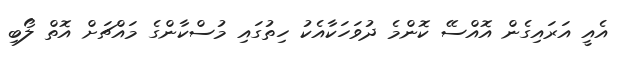
އެއީ އަރައިގެން އޮއްސޭ ކޮންމެ ދުވަހަކާއެކު ހިތުގައި މުސްކާންގެ މައްޗަށް އޮތް ލޯބި